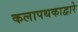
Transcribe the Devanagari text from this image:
कलापथकाद्वारे